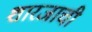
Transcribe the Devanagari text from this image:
शारजाची